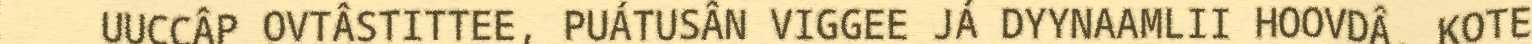
UUCCÂP OVTÂSTITTEE, PUÁTUSÂN VIGGEE JÁ DYYNAAMLII HOOVDÂ, KOTE